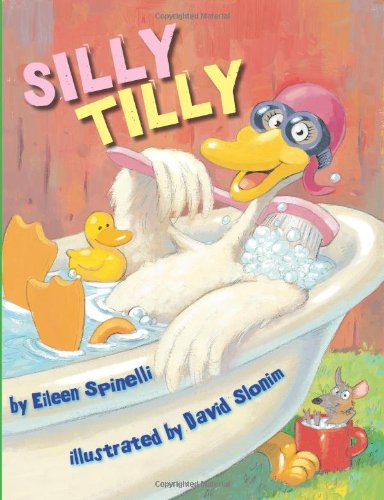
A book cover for Silly Tilly; Eileen Spinelli; Children's Books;